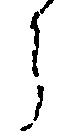
ら